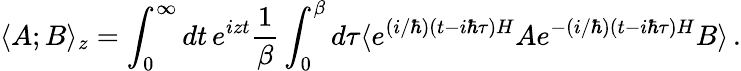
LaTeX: \langle A;B\rangle_{z}=\int_{0}^{\infty}dt\, e^{izt}\frac{1}{\beta}\int_{0}^{\beta}d\tau\langle e^{(i/\hbar)(t-i\hbar\tau)H}Ae^{-(i/\hbar)(t-i\hbar\tau)H}B\rangle\, .